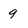
Character: 9